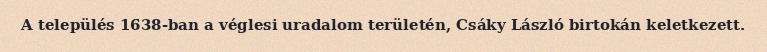
A település 1638-ban a véglesi uradalom területén, Csáky László birtokán keletkezett.